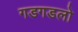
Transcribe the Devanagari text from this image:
गडगडलो